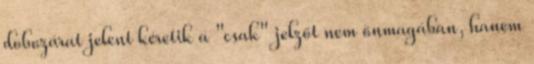
dobozárat jelent kéretik a "csak" jelzőt nem önmagában, hanem